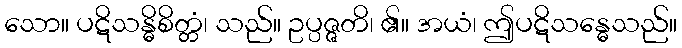
သော။ ပဋိသန္ဓိစိတ္တံ၊ သည်။ ဥပ္ပဇ္ဇတိ၊ ၏။ အယံ၊ ဤပဋိသန္ဓေသည်။